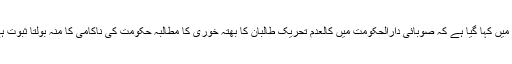
متن میں کہا گیا ہے کہ صوبائی دارالحکومت میں کالعدم تحریک طالبان کا بھتہ خوری کا مطالبہ حکومت کی ناکامی کا منہ بولتا ثبوت ہے ۔